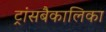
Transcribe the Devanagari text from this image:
ट्रांसबैकालिका